Document type: Sale
Year: 1435
Scribe: Pere Soler
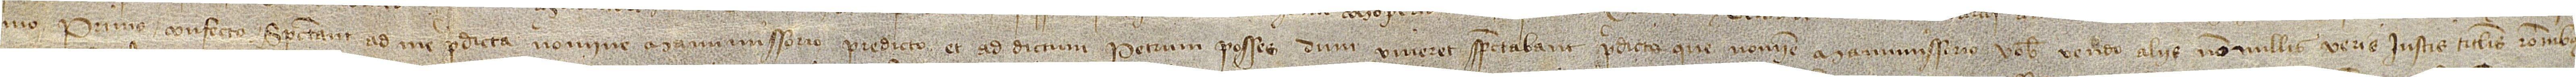
mo primo, confecto; spectant ad me predicta nomine manumissorio predicto et ad dictum Petrum Posses dum viveret spectabant predicta que nomine manumissorio vobis vendo aliis nonnullis veris iustis titulis, rationibus